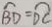
\widehat { B D } = \widehat { D C }